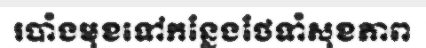
របាំងមុខទៅកន្លែងថែទាំសុខភាព